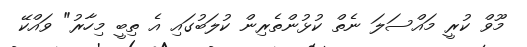
މޫވް ކުރީ މައްސަލަ ނެތް ކުޅުންތެރިން ކުލަބުގައި އެ ތިބީ މިހާރު" ވައްކޭ